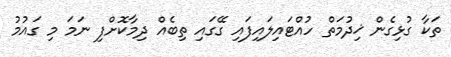
ތަކާ ގުޅިގެން ޚިދުމަތް ހުއްޓައިލައިފައި ގޭގައި ތިބެއް ދިމާކޮށްފި ނަމަ މި ގައުމު